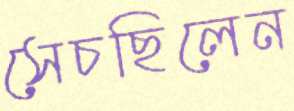
সেচছিলেন